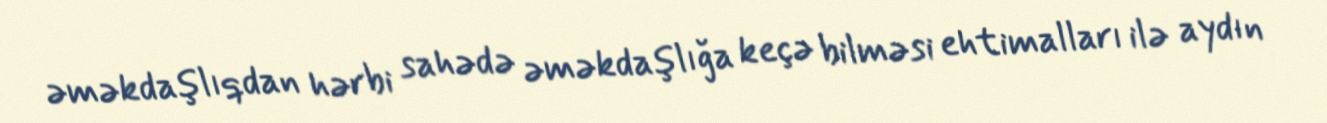
əməkdaşlıqdan hərbi sahədə əməkdaşlığa keçə bilməsi ehtimalları ilə aydın